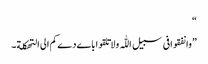
“
”وانفقوافی سبیل اللّٰہ ولاتلقواباےدےکم الی التھکلة۔